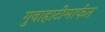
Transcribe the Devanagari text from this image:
गुवाहाटीमार्फत